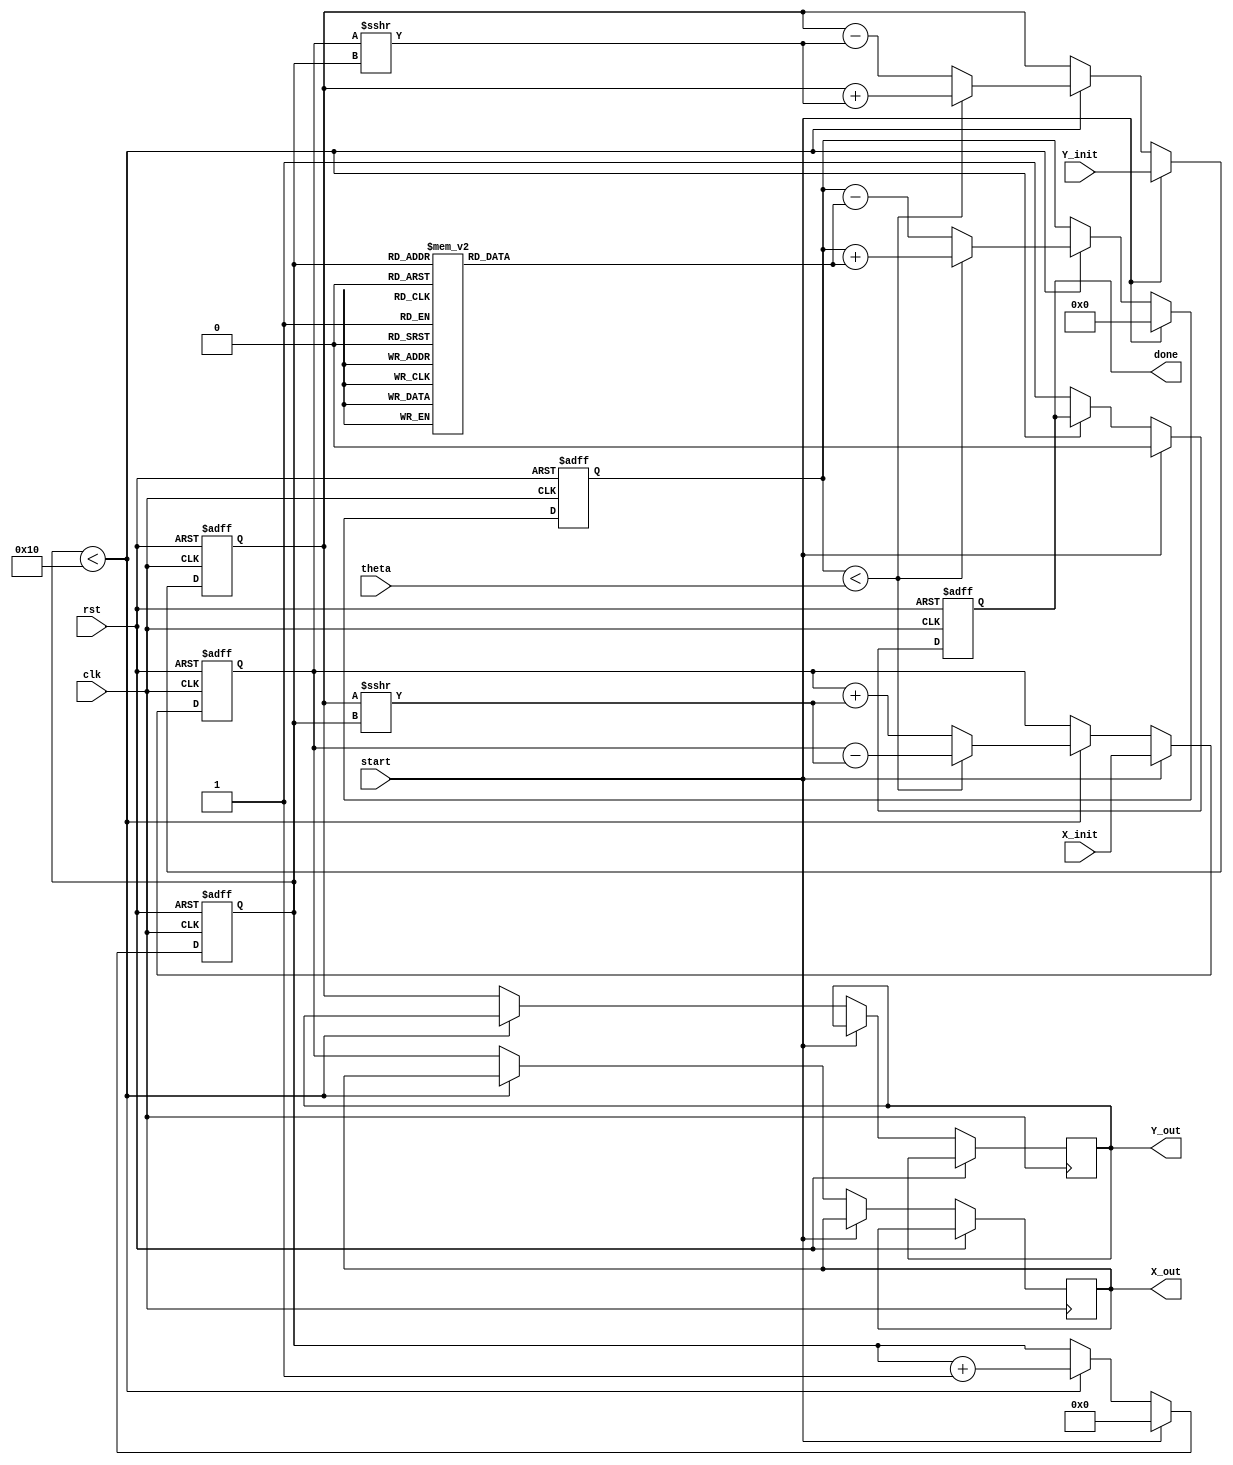
module cordic_fixed_point #(
    parameter N = 16, // Total bits for fixed-point representation
    parameter ITERATIONS = 16 // Number of iterations for convergence
)(
    input wire clk,
    input wire rst,
    input wire start,
    input wire signed [N-1:0] theta, // Input angle in fixed-point
    input wire signed [N-1:0] X_init, // Initial X coordinate
    input wire signed [N-1:0] Y_init, // Initial Y coordinate
    output reg signed [N-1:0] X_out, // Output X coordinate
    output reg signed [N-1:0] Y_out, // Output Y coordinate
    output reg done // Done signal
);

    // Internal signals
    reg signed [N-1:0] X, Y;
    reg signed [N-1:0] angle_table [0:ITERATIONS-1]; // Angle lookup table
    reg [3:0] iteration; // Iteration counter
    reg signed [N-1:0] theta_accum; // Accumulated angle
    reg signed [N-1:0] d; // Direction variable

    // Initialize the angle table with arctangent values
    initial begin
        angle_table[0] = 16'h2000; // atan(2^-0)
        angle_table[1] = 16'h1000; // atan(2^-1)
        angle_table[2] = 16'h0800; // atan(2^-2)
        angle_table[3] = 16'h0400; // atan(2^-3)
        angle_table[4] = 16'h0200; // atan(2^-4)
        angle_table[5] = 16'h0100; // atan(2^-5)
        angle_table[6] = 16'h0080; // atan(2^-6)
        angle_table[7] = 16'h0040; // atan(2^-7)
        angle_table[8] = 16'h0020; // atan(2^-8)
        angle_table[9] = 16'h0010; // atan(2^-9)
        angle_table[10] = 16'h0008; // atan(2^-10)
        angle_table[11] = 16'h0004; // atan(2^-11)
        angle_table[12] = 16'h0002; // atan(2^-12)
        angle_table[13] = 16'h0001; // atan(2^-13)
        angle_table[14] = 16'h0000; // atan(2^-14)
        angle_table[15] = 16'hFFFF; // atan(2^-15) (negative)
    end

    // State machine for CORDIC iterations
    always @(posedge clk or posedge rst) begin
        if (rst) begin
            X <= 0;
            Y <= 0;
            theta_accum <= 0;
            iteration <= 0;
            done <= 0;
        end else if (start) begin
            // Initialize values
            X <= X_init;
            Y <= Y_init;
            theta_accum <= 0;
            iteration <= 0;
            done <= 0;
        end else if (iteration < ITERATIONS) begin
            // Determine direction
            if (theta_accum < theta) begin
                d <= 1; // Counter-clockwise
                X <= X - (Y >>> iteration);
                Y <= Y + (X >>> iteration);
                theta_accum <= theta_accum + angle_table[iteration];
            end else begin
                d <= -1; // Clockwise
                X <= X + (Y >>> iteration);
                Y <= Y - (X >>> iteration);
                theta_accum <= theta_accum - angle_table[iteration];
            end
            
            // Increment iteration count
            iteration <= iteration + 1;
        end else begin
            // Final output assignment
            X_out <= X;
            Y_out <= Y;
            done <= 1; // Indicate completion
        end
    end
endmodule